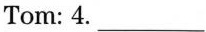
Tom: 4. ___